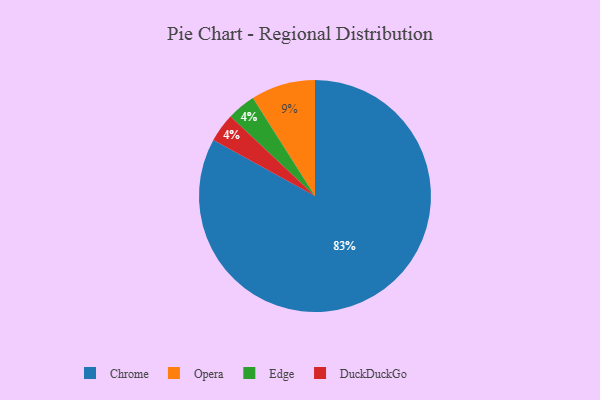
{"axis": {"x": "Category", "y": "Percentage"}, "legend": ["Chrome", "DuckDuckGo", "Edge", "Opera"], "data": [{"x": "Edge", "y": 4, "type": "Edge"}, {"x": "Opera", "y": 9, "type": "Opera"}, {"x": "DuckDuckGo", "y": 4, "type": "DuckDuckGo"}, {"x": "Chrome", "y": 83, "type": "Chrome"}]}